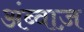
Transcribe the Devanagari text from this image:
अंब्वाज़